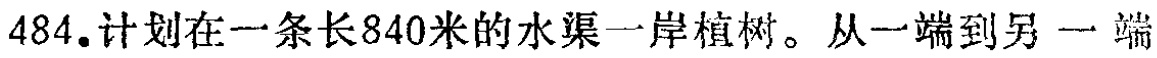
484.计划在一条长840米的水渠一岸植树。从一端到另一端